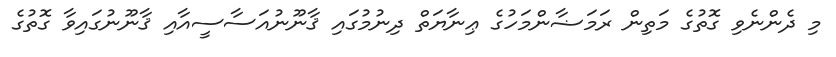
މި ދެންނެވި ގޮތުގެ މަތިން ރަމަޟާންމަހުގެ ޢިނާޔަތް ދިނުމުގައި ޤާނޫނުއަސާސީއާއި ޤާނޫނުގައިވާ ގޮތުގެ